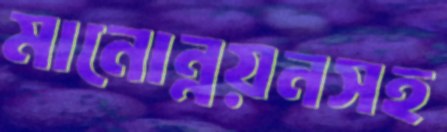
মানোন্নয়নসহ